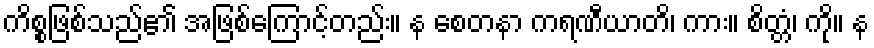
ကိစ္စဖြစ်သည်၏ အဖြစ်ကြောင့်တည်း။ န စေတနာ ကရဏီယာတိ၊ ကား။ စိတ္တံ၊ ကို။ န